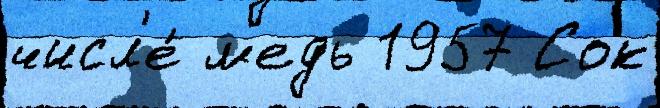
числ'е́ м'едь 1957 Сок